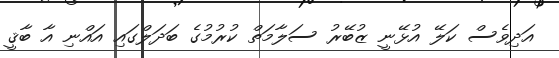
އަދިވެސް ކަލޭ އުޅޭނީ ޒުބޭރު ސަލާމަތް ކުރުމުގެ ބަދަލްގައި އައްނި އާ ބާޤީ